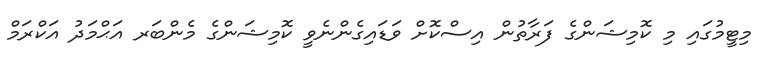
މިޓީމުގައި މި ކޮމިޝަންގެ ފަރާތުން އިސްކޮށް ވަޑައިގެންނެވީ ކޮމިޝަންގެ މެންބަރ އަޙްމަދު އަކްރަމް